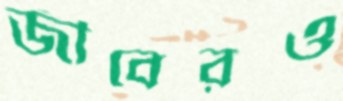
জীবেরও